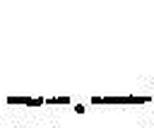
—.—